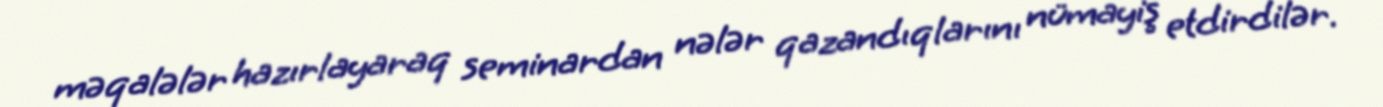
məqalələr hazırlayaraq seminardan nələr qazandıqlarını nümayiş etdirdilər.